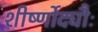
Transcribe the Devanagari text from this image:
शीर्ष्णोद्यौः